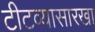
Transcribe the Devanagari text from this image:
टीटव्यासारखा